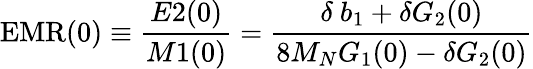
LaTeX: \mathrm{EMR}(0)\equiv\frac{E2(0)}{M1(0)}={\frac{\delta\ b_{1}+\delta G_{2}(0)}{8M_{N}G_{1}(0)-\delta G_{2}(0)}}